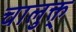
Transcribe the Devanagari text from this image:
चालुक्त्